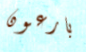
بارعون